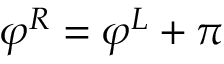
\varphi ^ { R } = \varphi ^ { L } + \pi